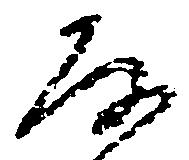
房